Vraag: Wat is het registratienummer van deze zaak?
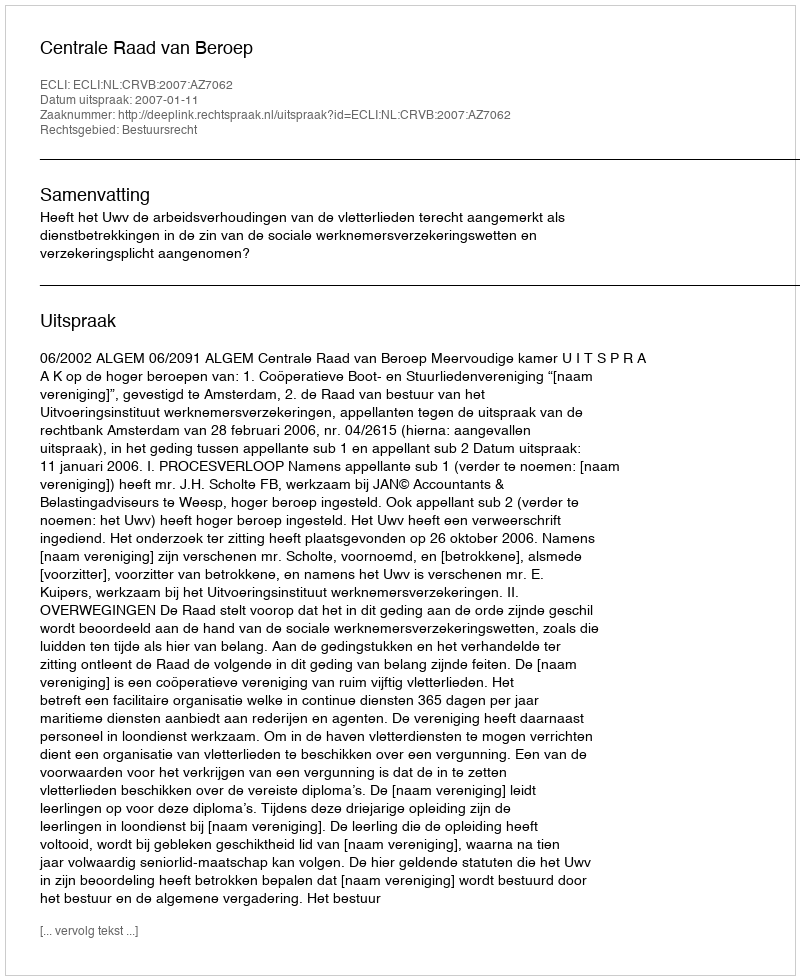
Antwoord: http://deeplink.rechtspraak.nl/uitspraak?id=ECLI:NL:CRVB:2007:AZ7062